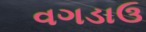
વગડાઉ